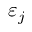
\varepsilon _ { j }